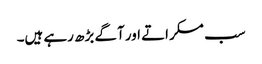
سب مسکراتے اور آگے بڑھ رہے ہیں۔